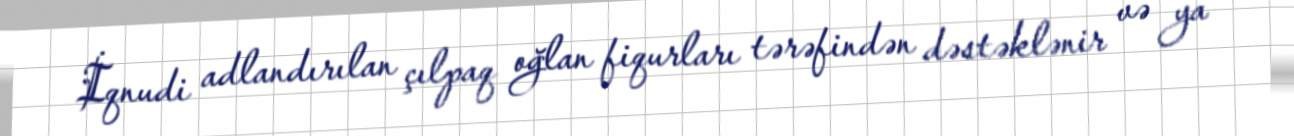
İqnudi adlandırılan çılpaq oğlan fiqurları tərəfindən dəstəklənir və ya